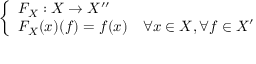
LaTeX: \left\{ \begin{array} { l l } { F _ { X } : X \to X ^ { \prime \prime } } \\ { F _ { X } ( x ) ( f ) = f ( x ) } & { \forall x \in X , \forall f \in X ^ { \prime } } \end{array} \right.